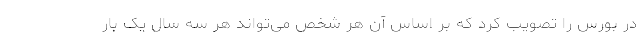
در بورس را تصویب کرد که بر اساس آن هر شخص می‌تواند هر سه سال یک بار